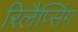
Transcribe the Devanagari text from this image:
रिलैप्सिंग